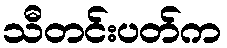
သီတင်းပတ်က